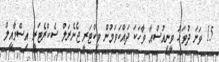
15 ވަނަ ދުވަހު ވީނިއުސްއާ ވާހަކަ ދައްކަވަމުން ވިކްޓަރީ ޖެނެރަލް ސެކްރެޓަރީ އިސްމާއީލް